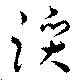
躓